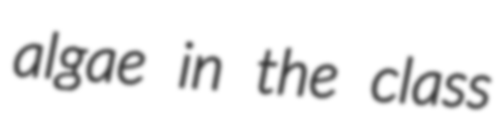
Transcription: algae in the class